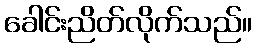
ခေါင်းညိတ်လိုက်သည်။